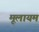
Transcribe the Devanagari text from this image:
मूलायम